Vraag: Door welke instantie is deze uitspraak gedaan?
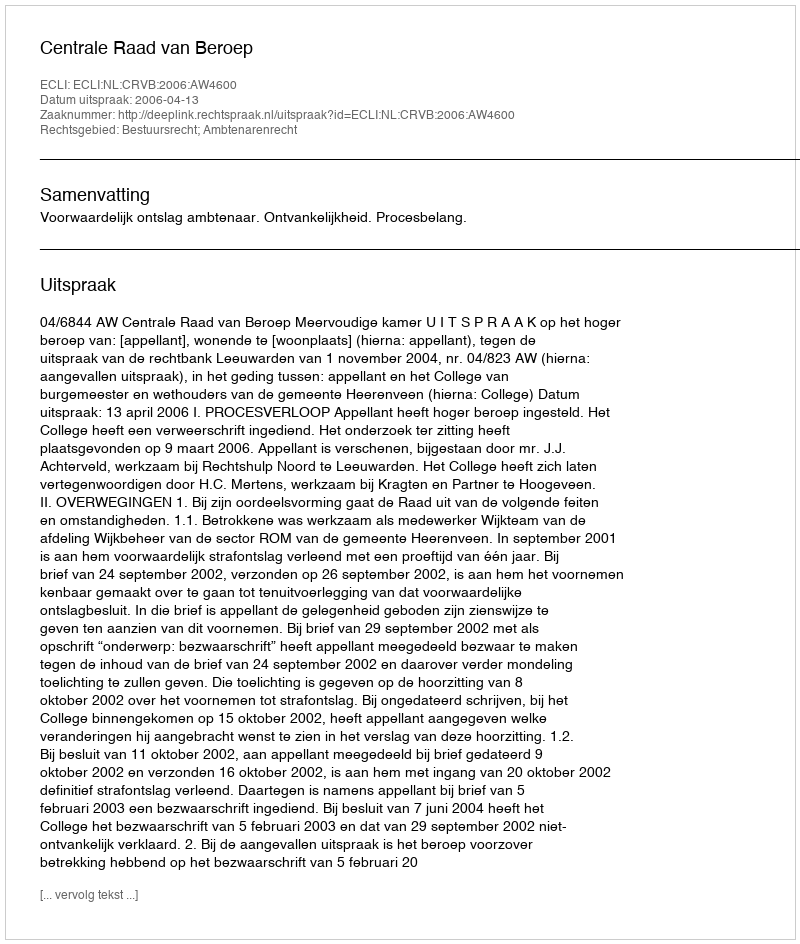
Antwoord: Centrale Raad van Beroep